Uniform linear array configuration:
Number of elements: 24
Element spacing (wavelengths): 1
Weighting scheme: kaiser
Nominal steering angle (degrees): -15
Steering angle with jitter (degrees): -13.699
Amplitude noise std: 0.05
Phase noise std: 0.05

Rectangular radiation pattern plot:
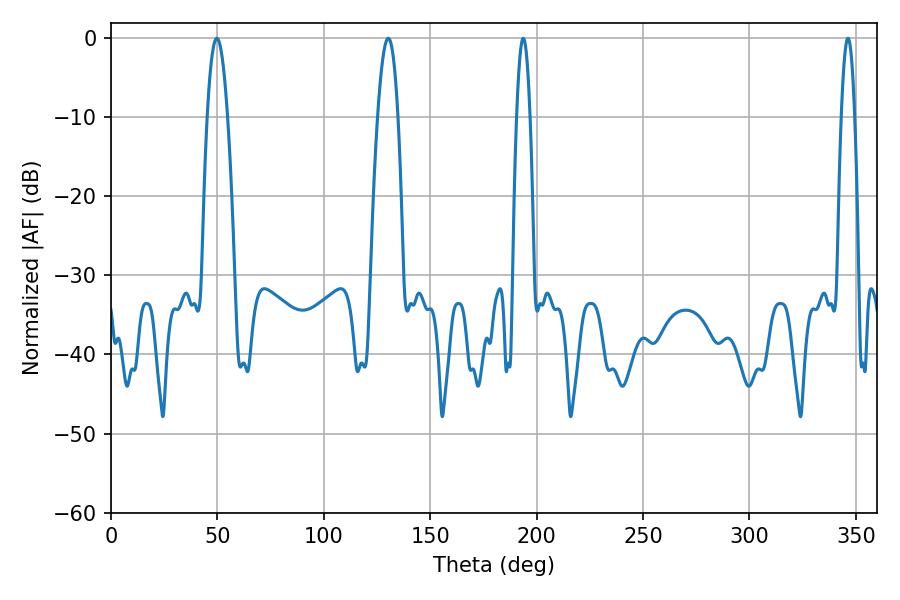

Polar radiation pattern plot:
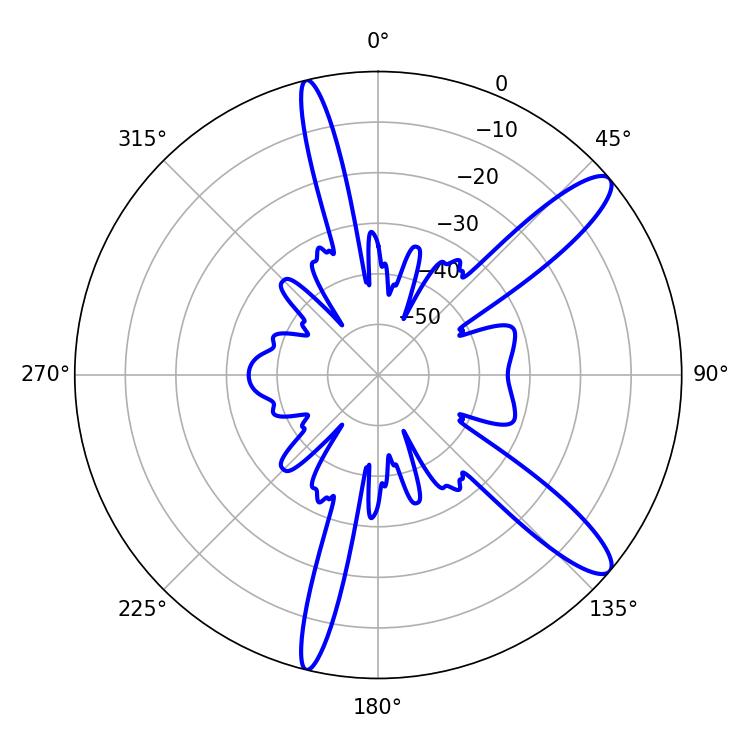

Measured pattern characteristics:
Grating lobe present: TRUE
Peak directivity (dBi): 12.191
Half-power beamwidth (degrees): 5.22
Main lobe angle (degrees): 49.68